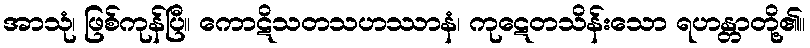
အာသုံ၊ ဖြစ်ကုန်ပြီ။ ကောဋိသတသဟဿာနံ၊ ကုဋေတသိန်းသော ရဟန္တာတို့၏။